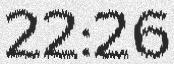
22:26